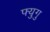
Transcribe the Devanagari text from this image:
फ्युगु